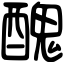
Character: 醜